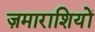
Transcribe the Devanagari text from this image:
ज़माराशियों